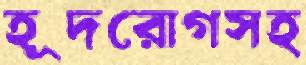
হূদরোগসহ